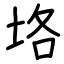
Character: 垎